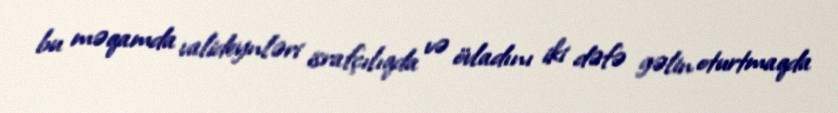
bu məqamda valideynləri israfçılıqda və övladını iki dəfə gəlin oturtmaqda